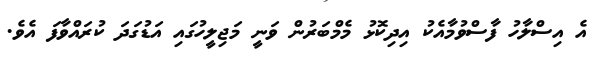
އެ އިސްލާހު ފާސްވުމާއެކު އިދިކޮޅު މެމްބަރުން ވަނީ މަޖިލީހުގައި އަޑުގަދަ ކުރައްވާފަ އެވެ.